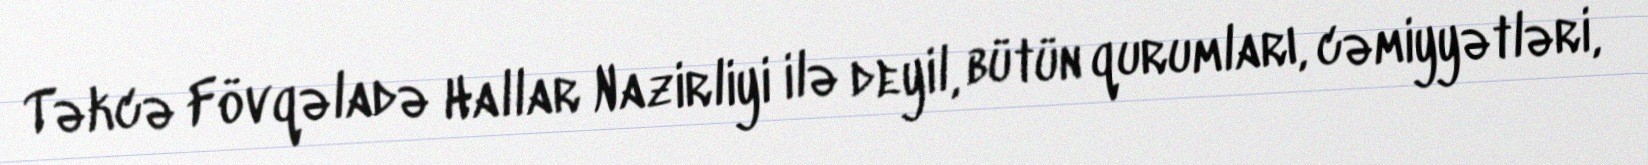
Təkcə Fövqəladə Hallar Nazirliyi ilə deyil, bütün qurumları, cəmiyyətləri,